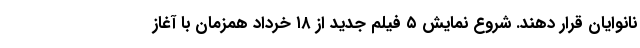
نانوایان قرار دهند. شروع نمایش ۵ فیلم جدید از ۱۸ خرداد همزمان با آغاز